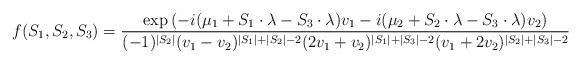
LaTeX: \begin{align*} f(S_1, S_2, S_3) = \frac{\exp\left(-i(\mu_1 + S_1 \cdot \lambda - S_3 \cdot \lambda)v_1 -i (\mu_2 + S_2 \cdot \lambda - S_3 \cdot \lambda)v_2\right)} {(-1)^{|S_2|} (v_1-v_2)^{|S_1|+|S_2|-2} (2v_1+v_2)^{|S_1|+|S_3|-2} (v_1+2v_2)^{|S_2|+|S_3|-2}}\end{align*}